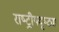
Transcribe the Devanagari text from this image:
राष्‍ट्रीयदृष्ट्या